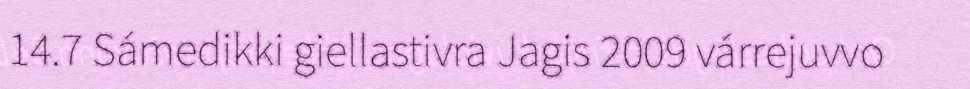
14.7 Sámedikki giellastivra Jagis 2009 várrejuvvo